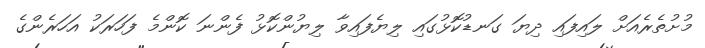
މުށުތެރެއަށް ލައިފައި ދިޔަ ގަނޑުކޮޅުގައި ލިޔެފައިވާ ލިޔުންކޮޅު ފެންނަ ކޮންމެ ފަހަރަކު އަހަރެންގެ